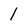
Character: 1